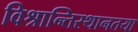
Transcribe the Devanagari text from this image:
विश्रान्तिस्थानतया